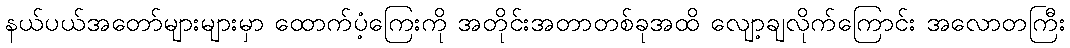
နယ်ပယ်အတော်များများမှာ ထောက်ပံ့ကြေးကို အတိုင်းအတာတစ်ခုအထိ လျော့ချလိုက်ကြောင်း အလောတကြီး